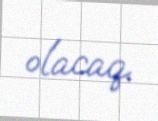
olacaq.